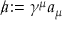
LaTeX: { a \! \! \! / } : = \gamma ^ { \mu } a _ { \mu }